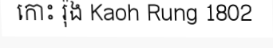
កោះ រ៉ុង Kaoh Rung 1802